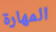
المهارة